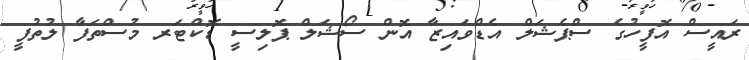
ރައީސް އޮފީހުގެ ސްޕެޝަލް އެޑްވައިޒާ އޮން ސޯޝަލް ޕޮލިސީ ޑޮކްޓަރ މުސްތަފާ ލުތުފީ